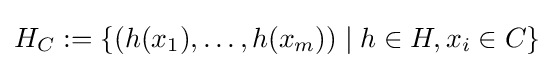
H_{C}:=\{(h(x_{1}),\ldots ,h(x_{m}))\mid h\in H,x_{i}\in C\}